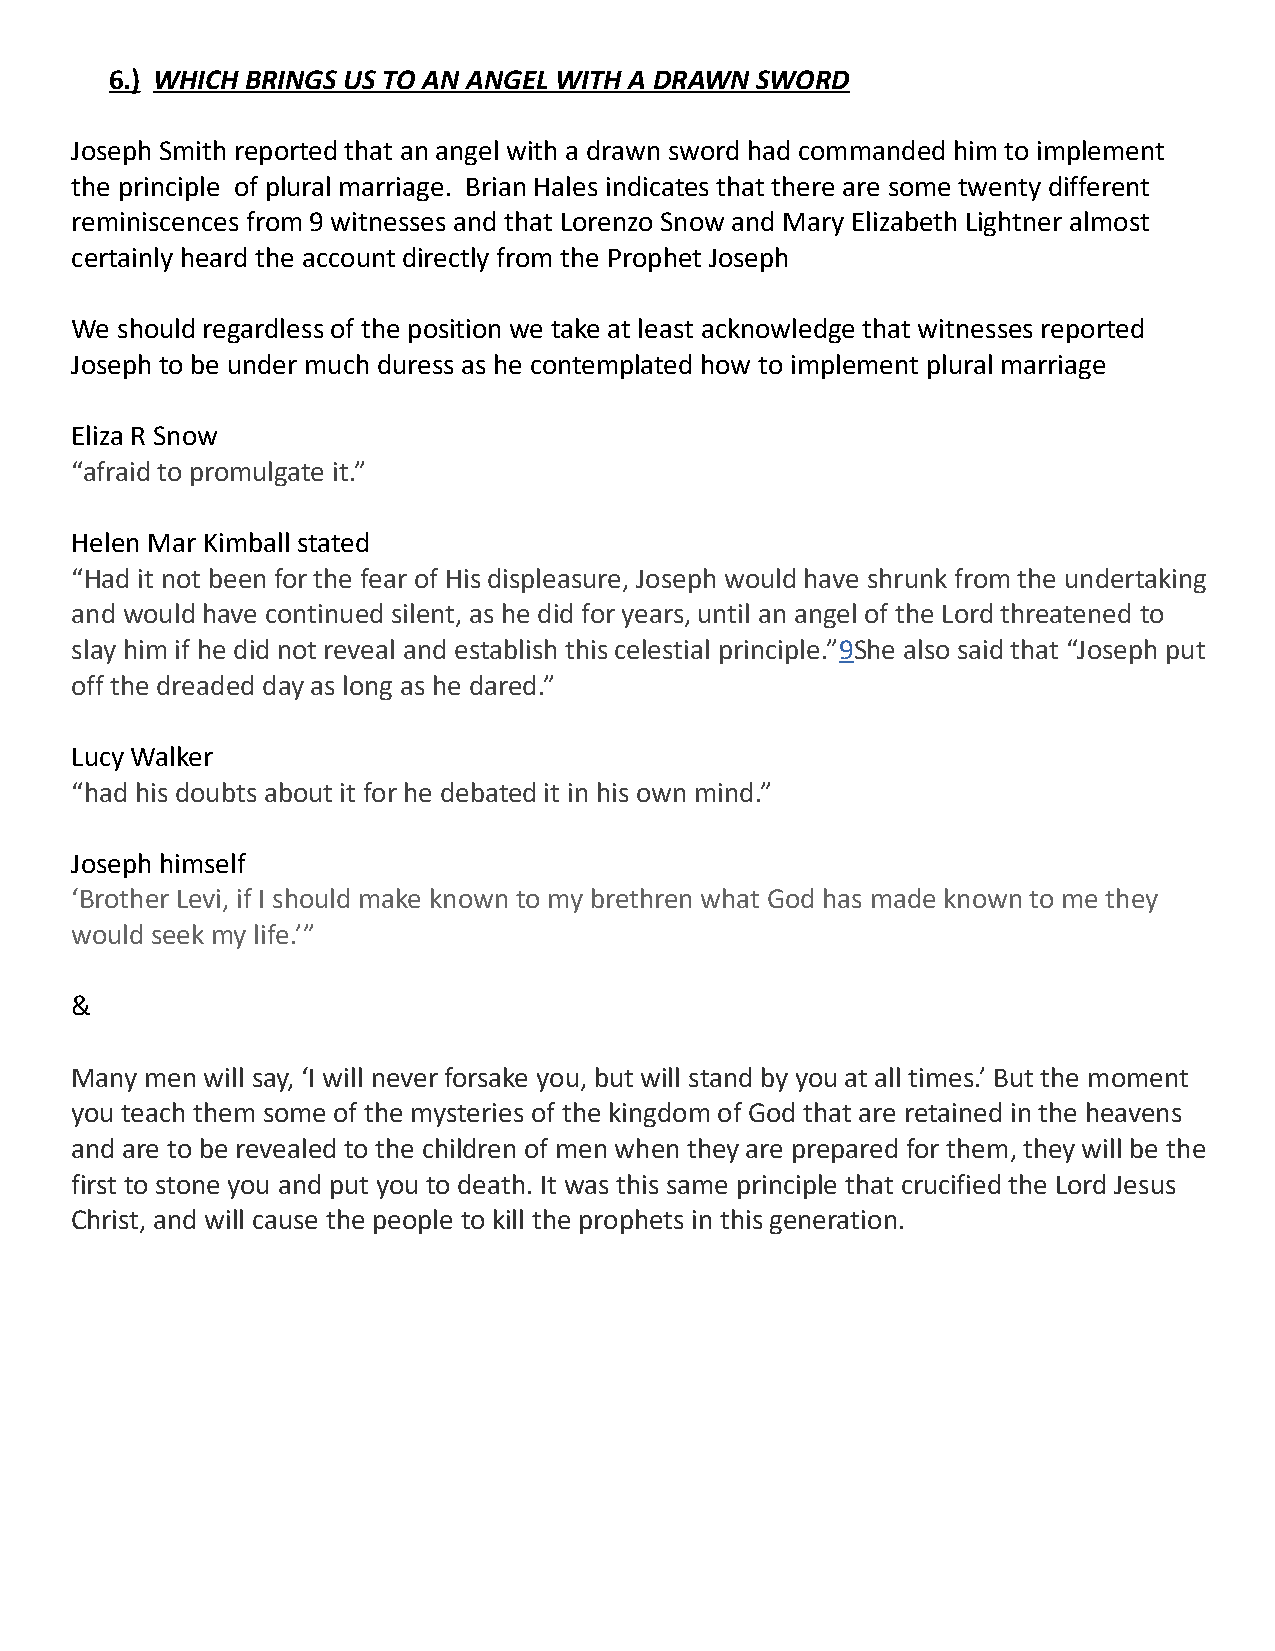
6.) WHICH BRINGS US TO AN ANGEL WITH A DRAWN SWORD
 Joseph Smith reported that an angel with a drawn sword had commanded him to implement
 the principle of plural marriage. Brian Hales indicates that there are some twenty different
 reminiscences from 9 witnesses and that Lorenzo Snow and Mary Elizabeth Lightner almost
 certainly heard the account directly from the Prophet Joseph
 We should regardless of the position we take at least acknowledge that witnesses reported
 Joseph to be under much duress as he contemplated how to implement plural marriage
 Eliza R Snow
 “afraid to promulgate it.”
 Helen Mar Kimball stated
 “Had it not been for the fear of His displeasure, Joseph would have shrunk from the undertaking
 and would have continued silent, as he did for years, until an angel of the Lord threatened to
 slay him if he did not reveal and establish this celestial principle.”9She also said that “Joseph put
 off the dreaded day as long as he dared.”
 Lucy Walker
 “had his doubts about it for he debated it in his own mind.”
 Joseph himself
 ‘Brother Levi, if I should make known to my brethren what God has made known to me they
 would seek my life.’”
 &
 Many men will say, ‘I will never forsake you, but will stand by you at all times.’ But the moment
 you teach them some of the mysteries of the kingdom of God that are retained in the heavens
 and are to be revealed to the children of men when they are prepared for them, they will be the
 first to stone you and put you to death. It was this same principle that crucified the Lord Jesus
 Christ, and will cause the people to kill the prophets in this generation.